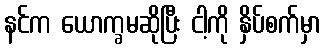
နင်က ယောက္ခမဆိုပြီး ငါ့ကို နှိပ်စက်မှာ